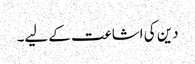
دین کی اشاعت کے لیے۔